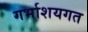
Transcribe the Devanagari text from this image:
गर्भाशयगत